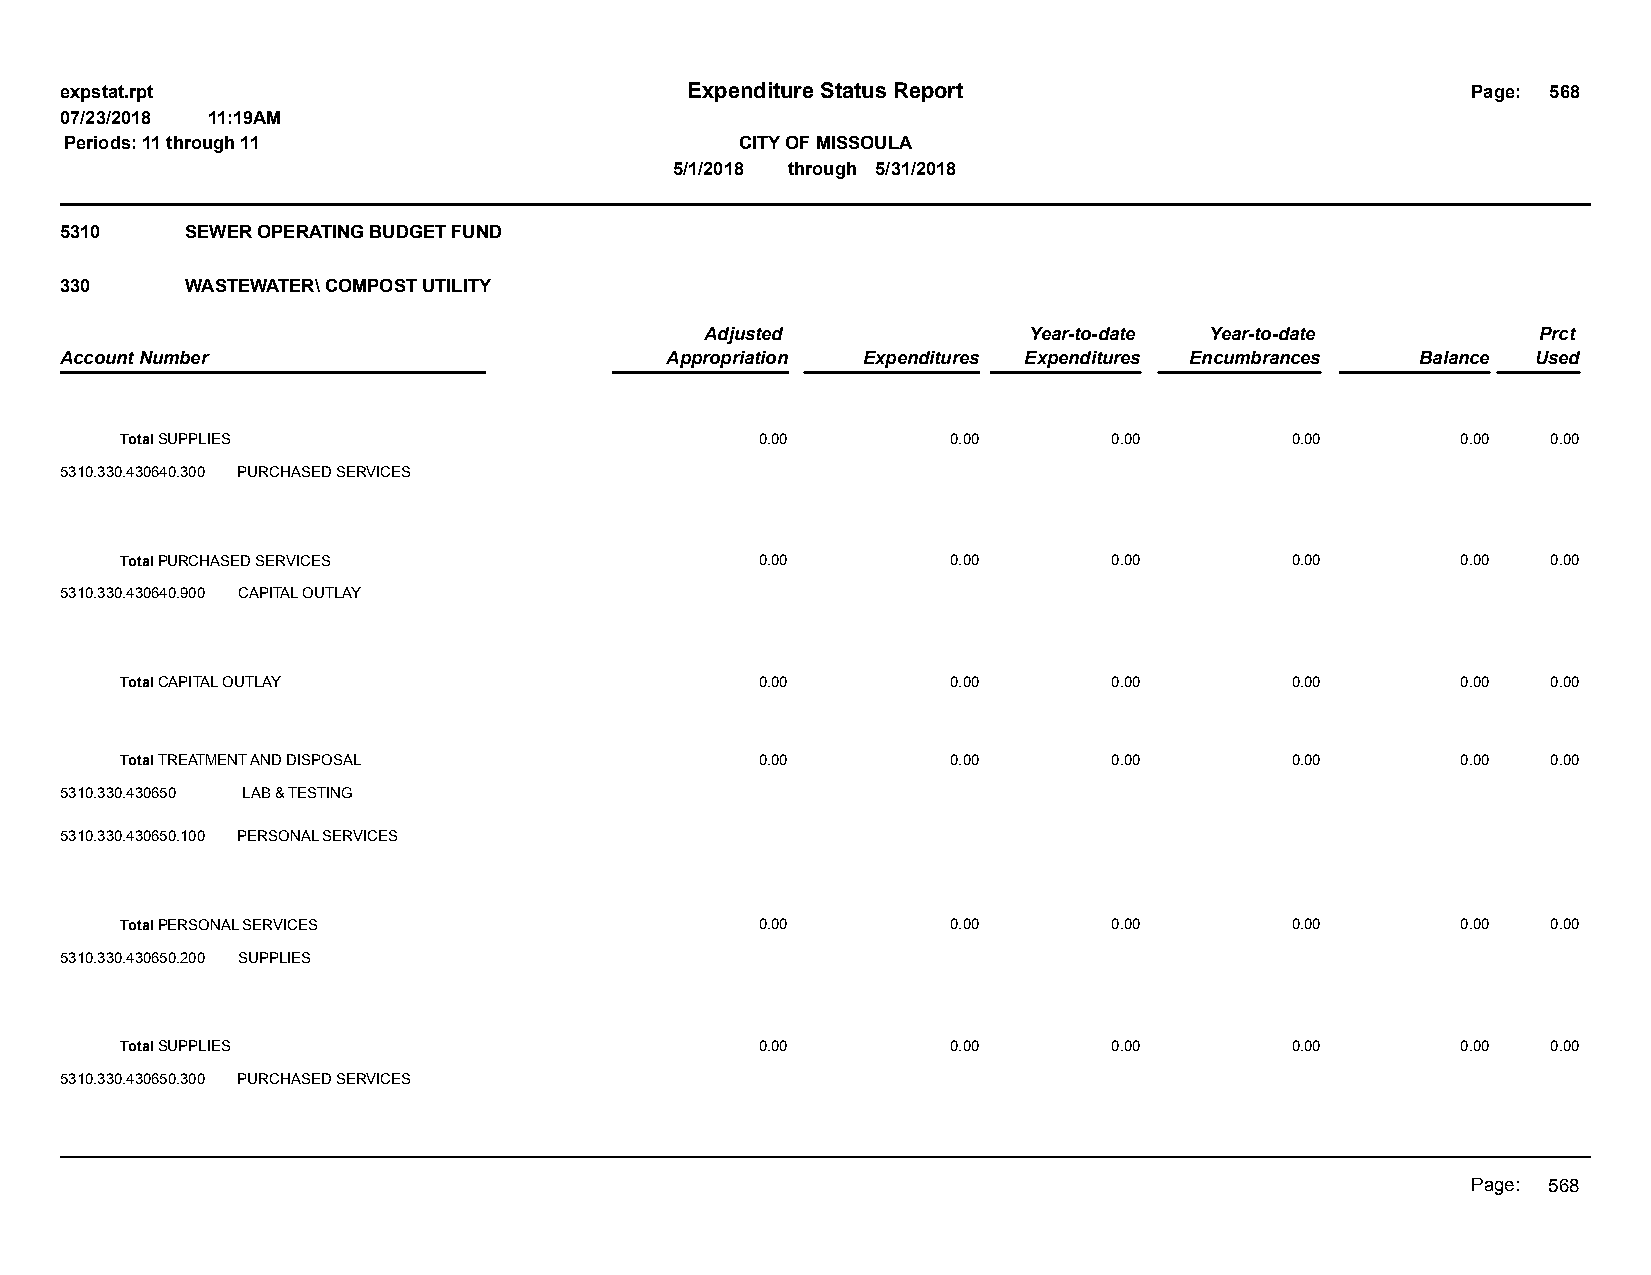
expstat.rpt                              Expenditure Status Report                           Page: 568
 07/23/2018 11:19AM
 Periods: 11 through 11                       CITY OF MISSOULA
 5/1/2018 through 5/31/2018
 5310    SEWER OPERATING BUDGET FUND
 330     WASTEWATER\ COMPOST UTILITY
 Adjusted             Year-to-date Year-to-date         Prct
 Account Number                          Appropriation Expenditures Expenditures Encumbrances Balance Used
 Total SUPPLIES                            0.00         0.00       0.00       0.00        0.00  0.00
 5310.330.430640.300 PURCHASED SERVICES
 Total PURCHASED SERVICES                  0.00         0.00       0.00       0.00        0.00  0.00
 5310.330.430640.900 CAPITAL OUTLAY
 Total CAPITAL OUTLAY                      0.00         0.00       0.00       0.00        0.00  0.00
 Total TREATMENT AND DISPOSAL              0.00         0.00       0.00       0.00        0.00  0.00
 5310.330.430650 LAB & TESTING
 5310.330.430650.100 PERSONAL SERVICES
 Total PERSONAL SERVICES                   0.00         0.00       0.00       0.00        0.00  0.00
 5310.330.430650.200 SUPPLIES
 Total SUPPLIES                            0.00         0.00       0.00       0.00        0.00  0.00
 5310.330.430650.300 PURCHASED SERVICES
 Page: 568